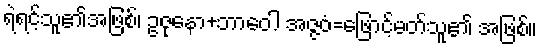
ရဲရင့်သူ၏အဖြစ်၊ ဥဇုနော+ဘာဝေါ အဇ္ဇဝံ=ဖြောင့်မတ်သူ၏ အဖြစ်။